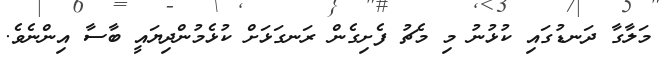
މަލާގާ ދަނޑުގައި ކުޅުނު މި މެޗު ފެށިގެން ރަނގަޅަށް ކުޅެމުންދިޔައީ ބާސާ އިންނެވެ.